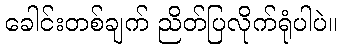
ခေါင်းတစ်ချက် ညိတ်ပြလိုက်ရုံပါပဲ။